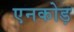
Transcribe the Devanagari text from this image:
एनकोड़